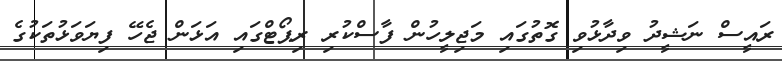
ރައީސް ނަޝީދު ވިދާޅުވި ގޮތުގައި މަޖިލީހުން ފާސްކުރި ރިޕޯޓްގައި އަޅަން ޖެހޭ ފިޔަވަޅުތަކުގެ